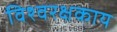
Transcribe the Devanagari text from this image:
विश्वरक्षकाय